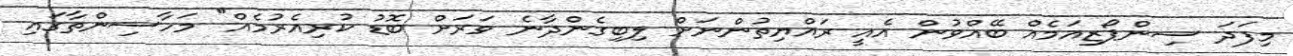
މިފަދަ ސިންޕޯޒިއަމެއް ބޭއްވުން އެއީ ރައްޔިތުންނަށް ލިބިގެންދާނެ ވަރަށް ބޮޑު ކުރިއެރުމެއް" މަހާސިންތާގައި